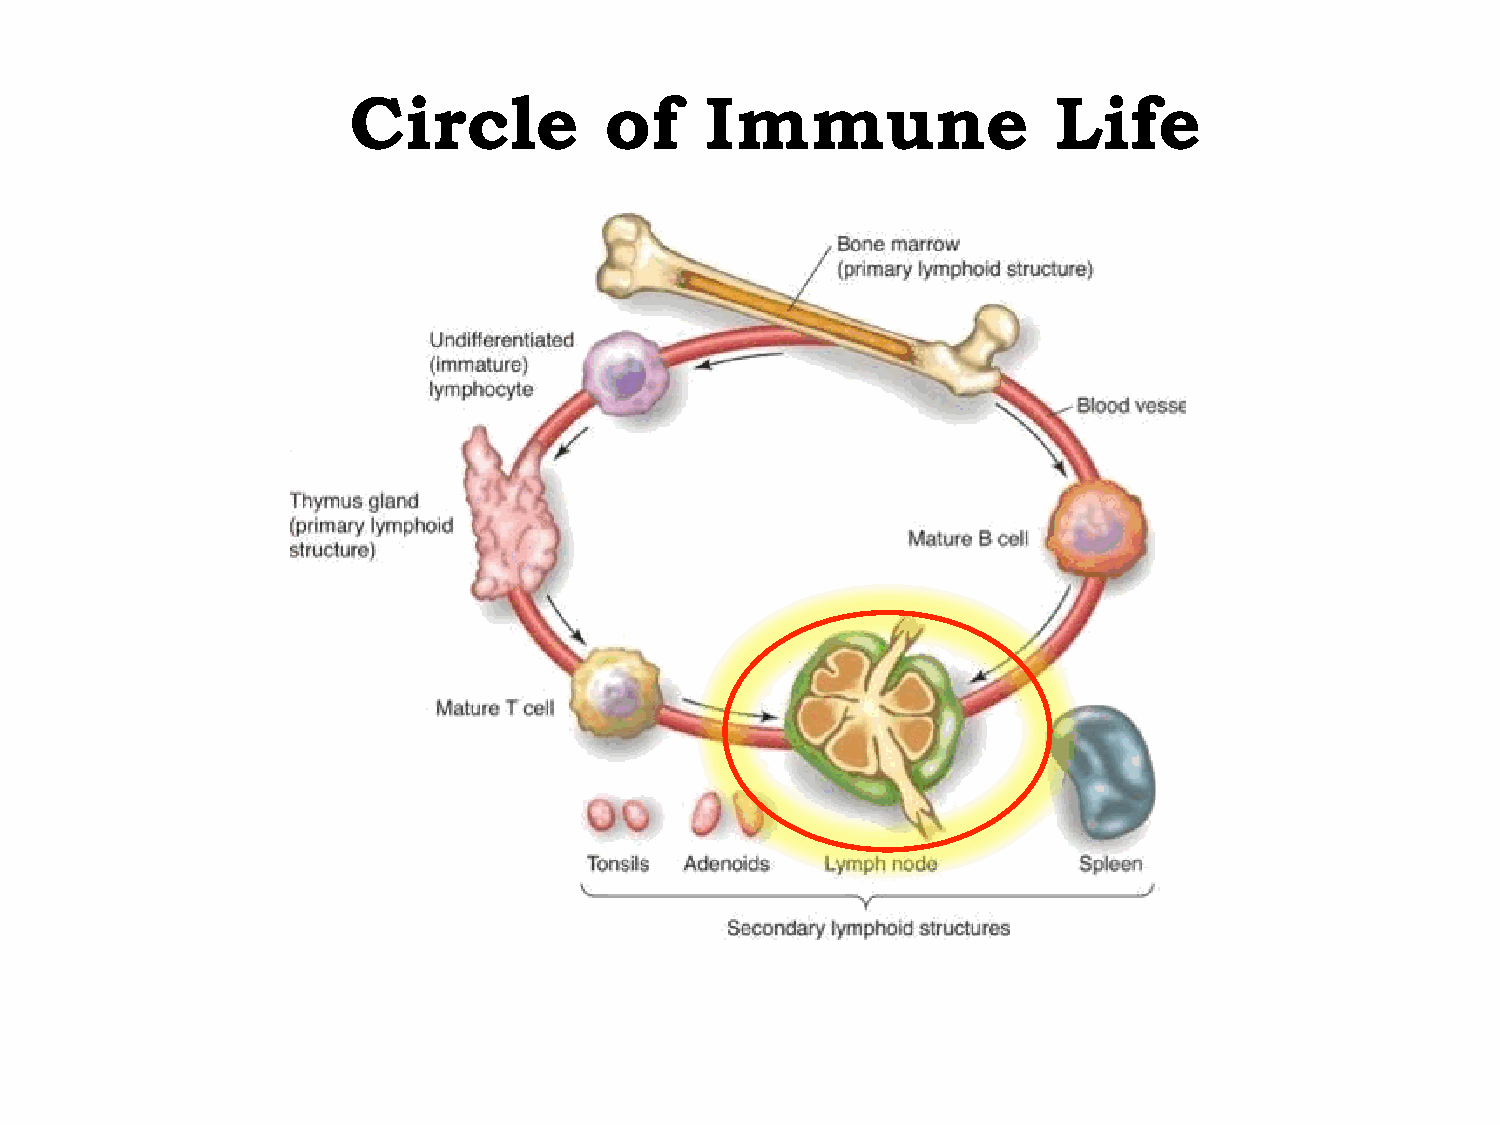
Circle           of     Immune                 Life